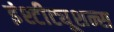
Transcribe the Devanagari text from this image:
इंश्टीट्यूशन्स